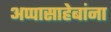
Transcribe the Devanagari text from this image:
अप्पासाहेबांना